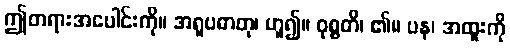
ဤတရားအပေါင်းကို။ အရူပဓာတု၊ ဟူ၍။ ဝုစ္စတိ၊ ၏။ ပန၊ အထူးကို